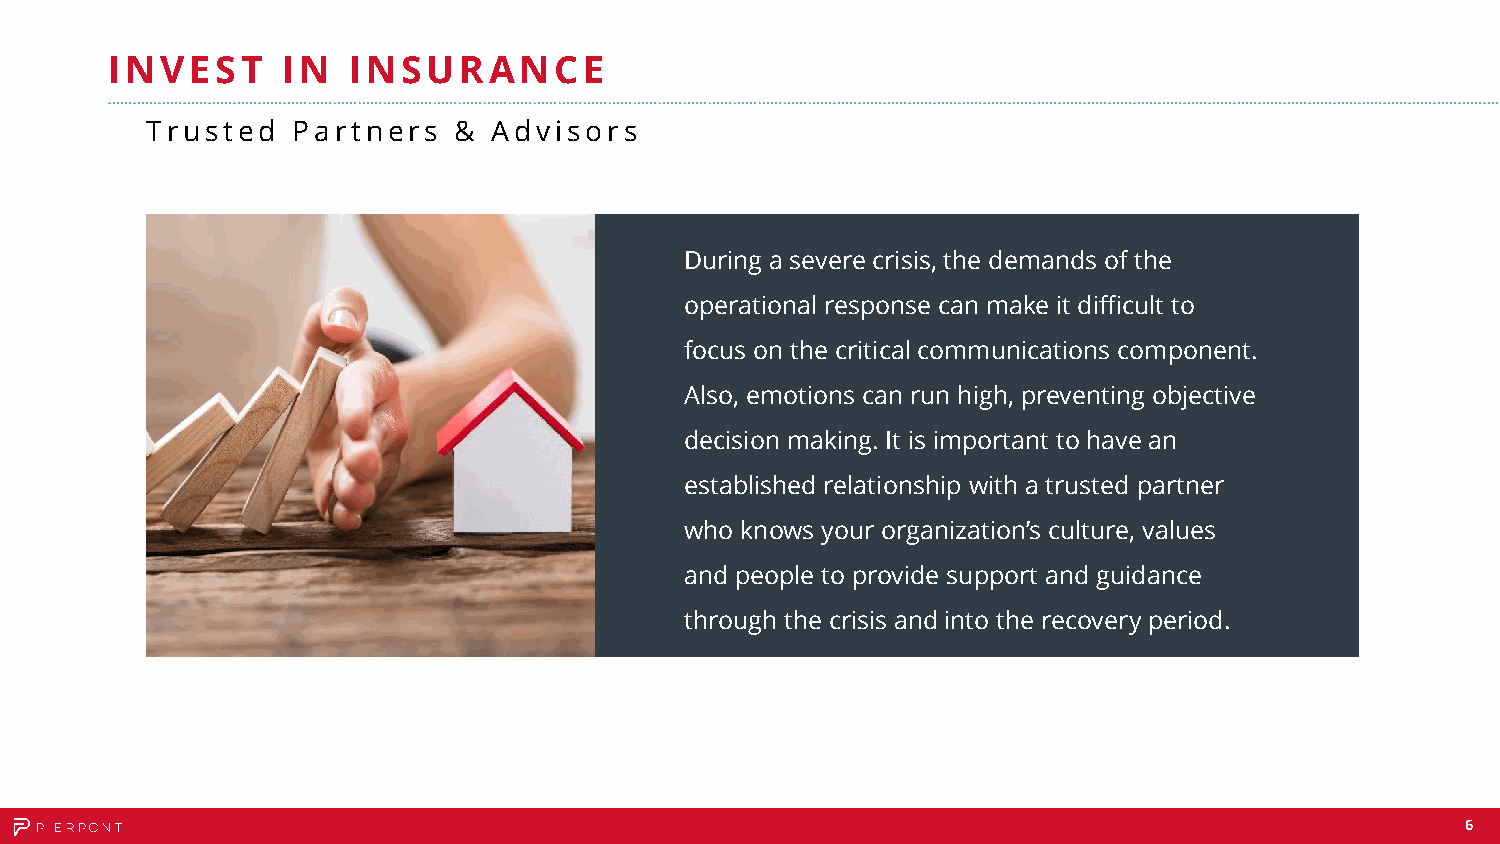
INVEST      IN  INSURANCE
 Trusted  Partners   &  Advisors
 During a severe crisis, the demands of the
 operational response can make it difficult to
 focus on the critical communications component.
 Also, emotions can run high, preventing objective
 decision making. It is important to have an
 established relationship with a trusted partner
 who knows your organization’s culture, values
 and people to provide support and guidance
 through the crisis and into the recovery period.
 6